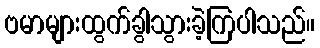
ဗမာများထွက်ခွါသွားခဲ့ကြပါသည်။